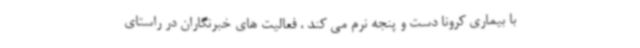
با بیماری کرونا دست و پنجه نرم می کند ، فعالیت های خبرنگاران در راستای